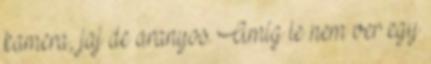
kamera, jaj de aranyos. Amíg le nem ver egy